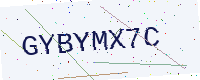
Text: GYBYMX7C